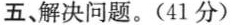
五解决问题。(41分)